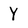
Character: Y